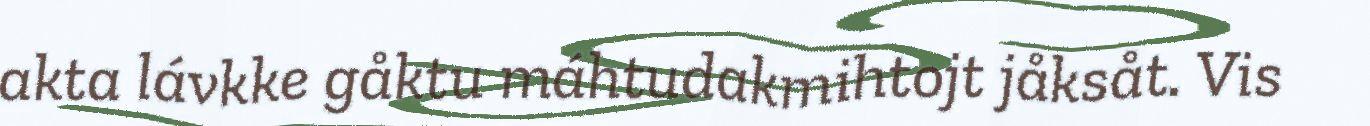
akta lávkke gåktu máhtudakmihtojt jåksåt. Vis